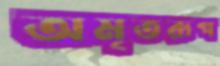
অমৃতরূপ